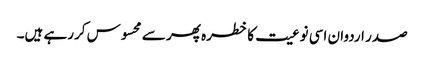
صدر اردوان اسی نوعیت کا خطرہ پھر سے محسوس کررہے ہیں۔